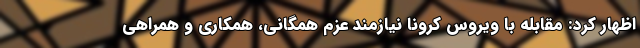
اظهار کرد: مقابله با ویروس کرونا نیازمند عزم همگانی، همکاری و همراهی